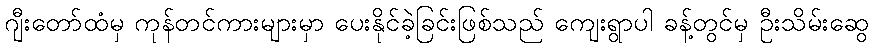
ဂျီးတော်ထံမှ ကုန်တင်ကားများမှာ ပေးနိုင်ခဲ့ခြင်းဖြစ်သည် ကျေးရွာပါ ခန့်တွင်မှ ဦးသိမ်းဆွေ